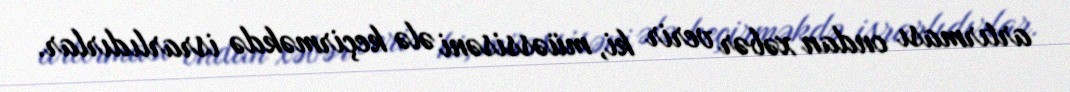
artırması ondan xəbər verir ki, müəssisəni ələ keçirməkdə israrlıdırlar.